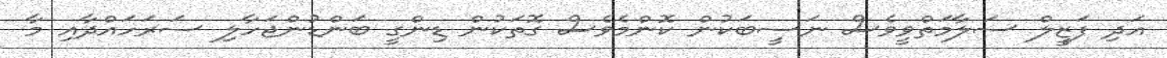
އަދި ފަޒީލް ސަލާމަތްވީވެސް ނަސީބަކުން ކޮންމެވެސް ގޮތަކުން ޑިންގީ ބަންޑުންޖަހާލި ސަރަހައްދާއި މާ